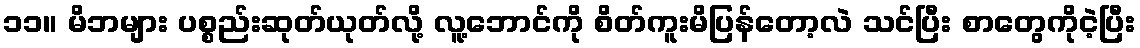
၁၁။ မိဘများ ပစ္စည်းဆုတ်ယုတ်လို့ လူ့ဘောင်ကို စိတ်ကူးမိပြန်တော့လဲ သင်ပြီး စာတွေကိုငဲ့ပြီး